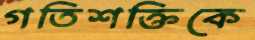
গতিশক্তিকে